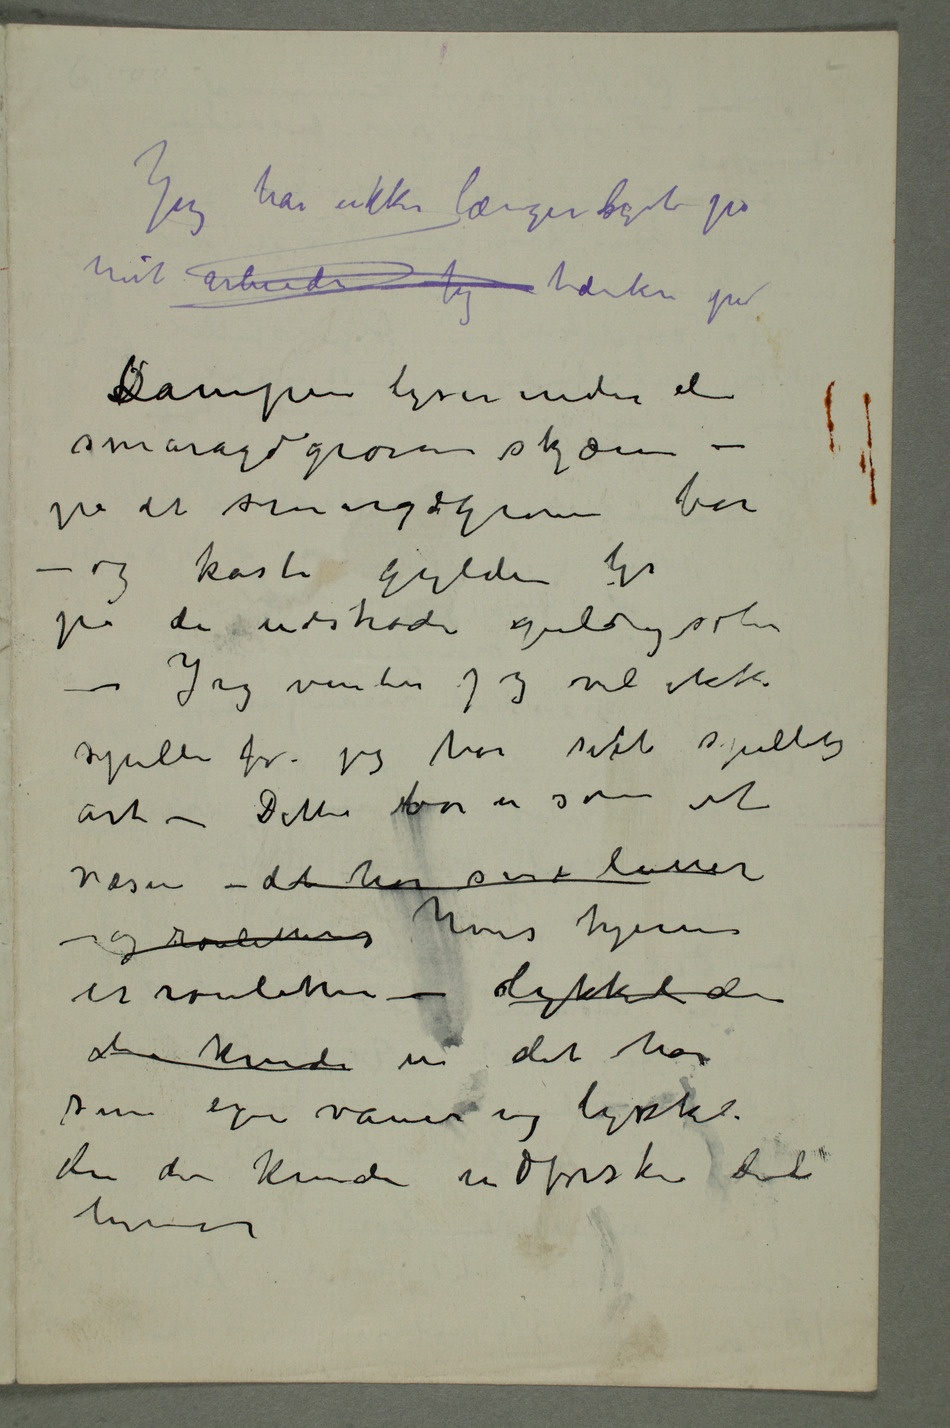
Jeg har ikke lenger lyst på
mit arbeide – Jeg tænker på
smaragdgrønne skjærm –
på det smaragdgrønne bor
– og kaster gylden lys
– Jeg venter jeg vil ikke
spille før jeg har sett spillets
art – Dette bor er som et
væsen – det har sine luner
– og roulettens hvis hjerne
er rouletten – lykkeli den
der kunde  det har
sine egne vaner og lykkeli
den der kunde udforske dets
hjerne